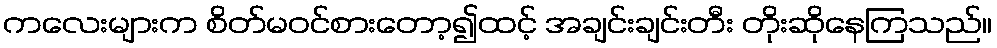
ကလေးများက စိတ်မဝင်စားတော့၍ထင့် အချင်းချင်းတီး တိုးဆိုနေကြသည်။